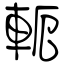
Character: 軛